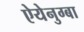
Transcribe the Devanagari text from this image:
ऐयेनुग्बा